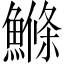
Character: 鰷